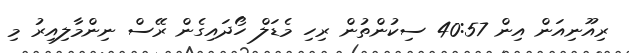
ރިއޫނިއަން އިން 40:57 ސިކުންތުން ރިހި މެޑަލް ހޯދައިގެން ރޭސް ނިންމާލިއިރު މި